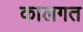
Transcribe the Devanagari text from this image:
कालगत